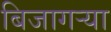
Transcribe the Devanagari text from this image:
बिजागर्‍या